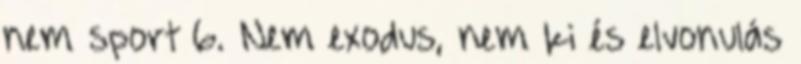
nem sport 6. Nem exodus, nem ki és elvonulás